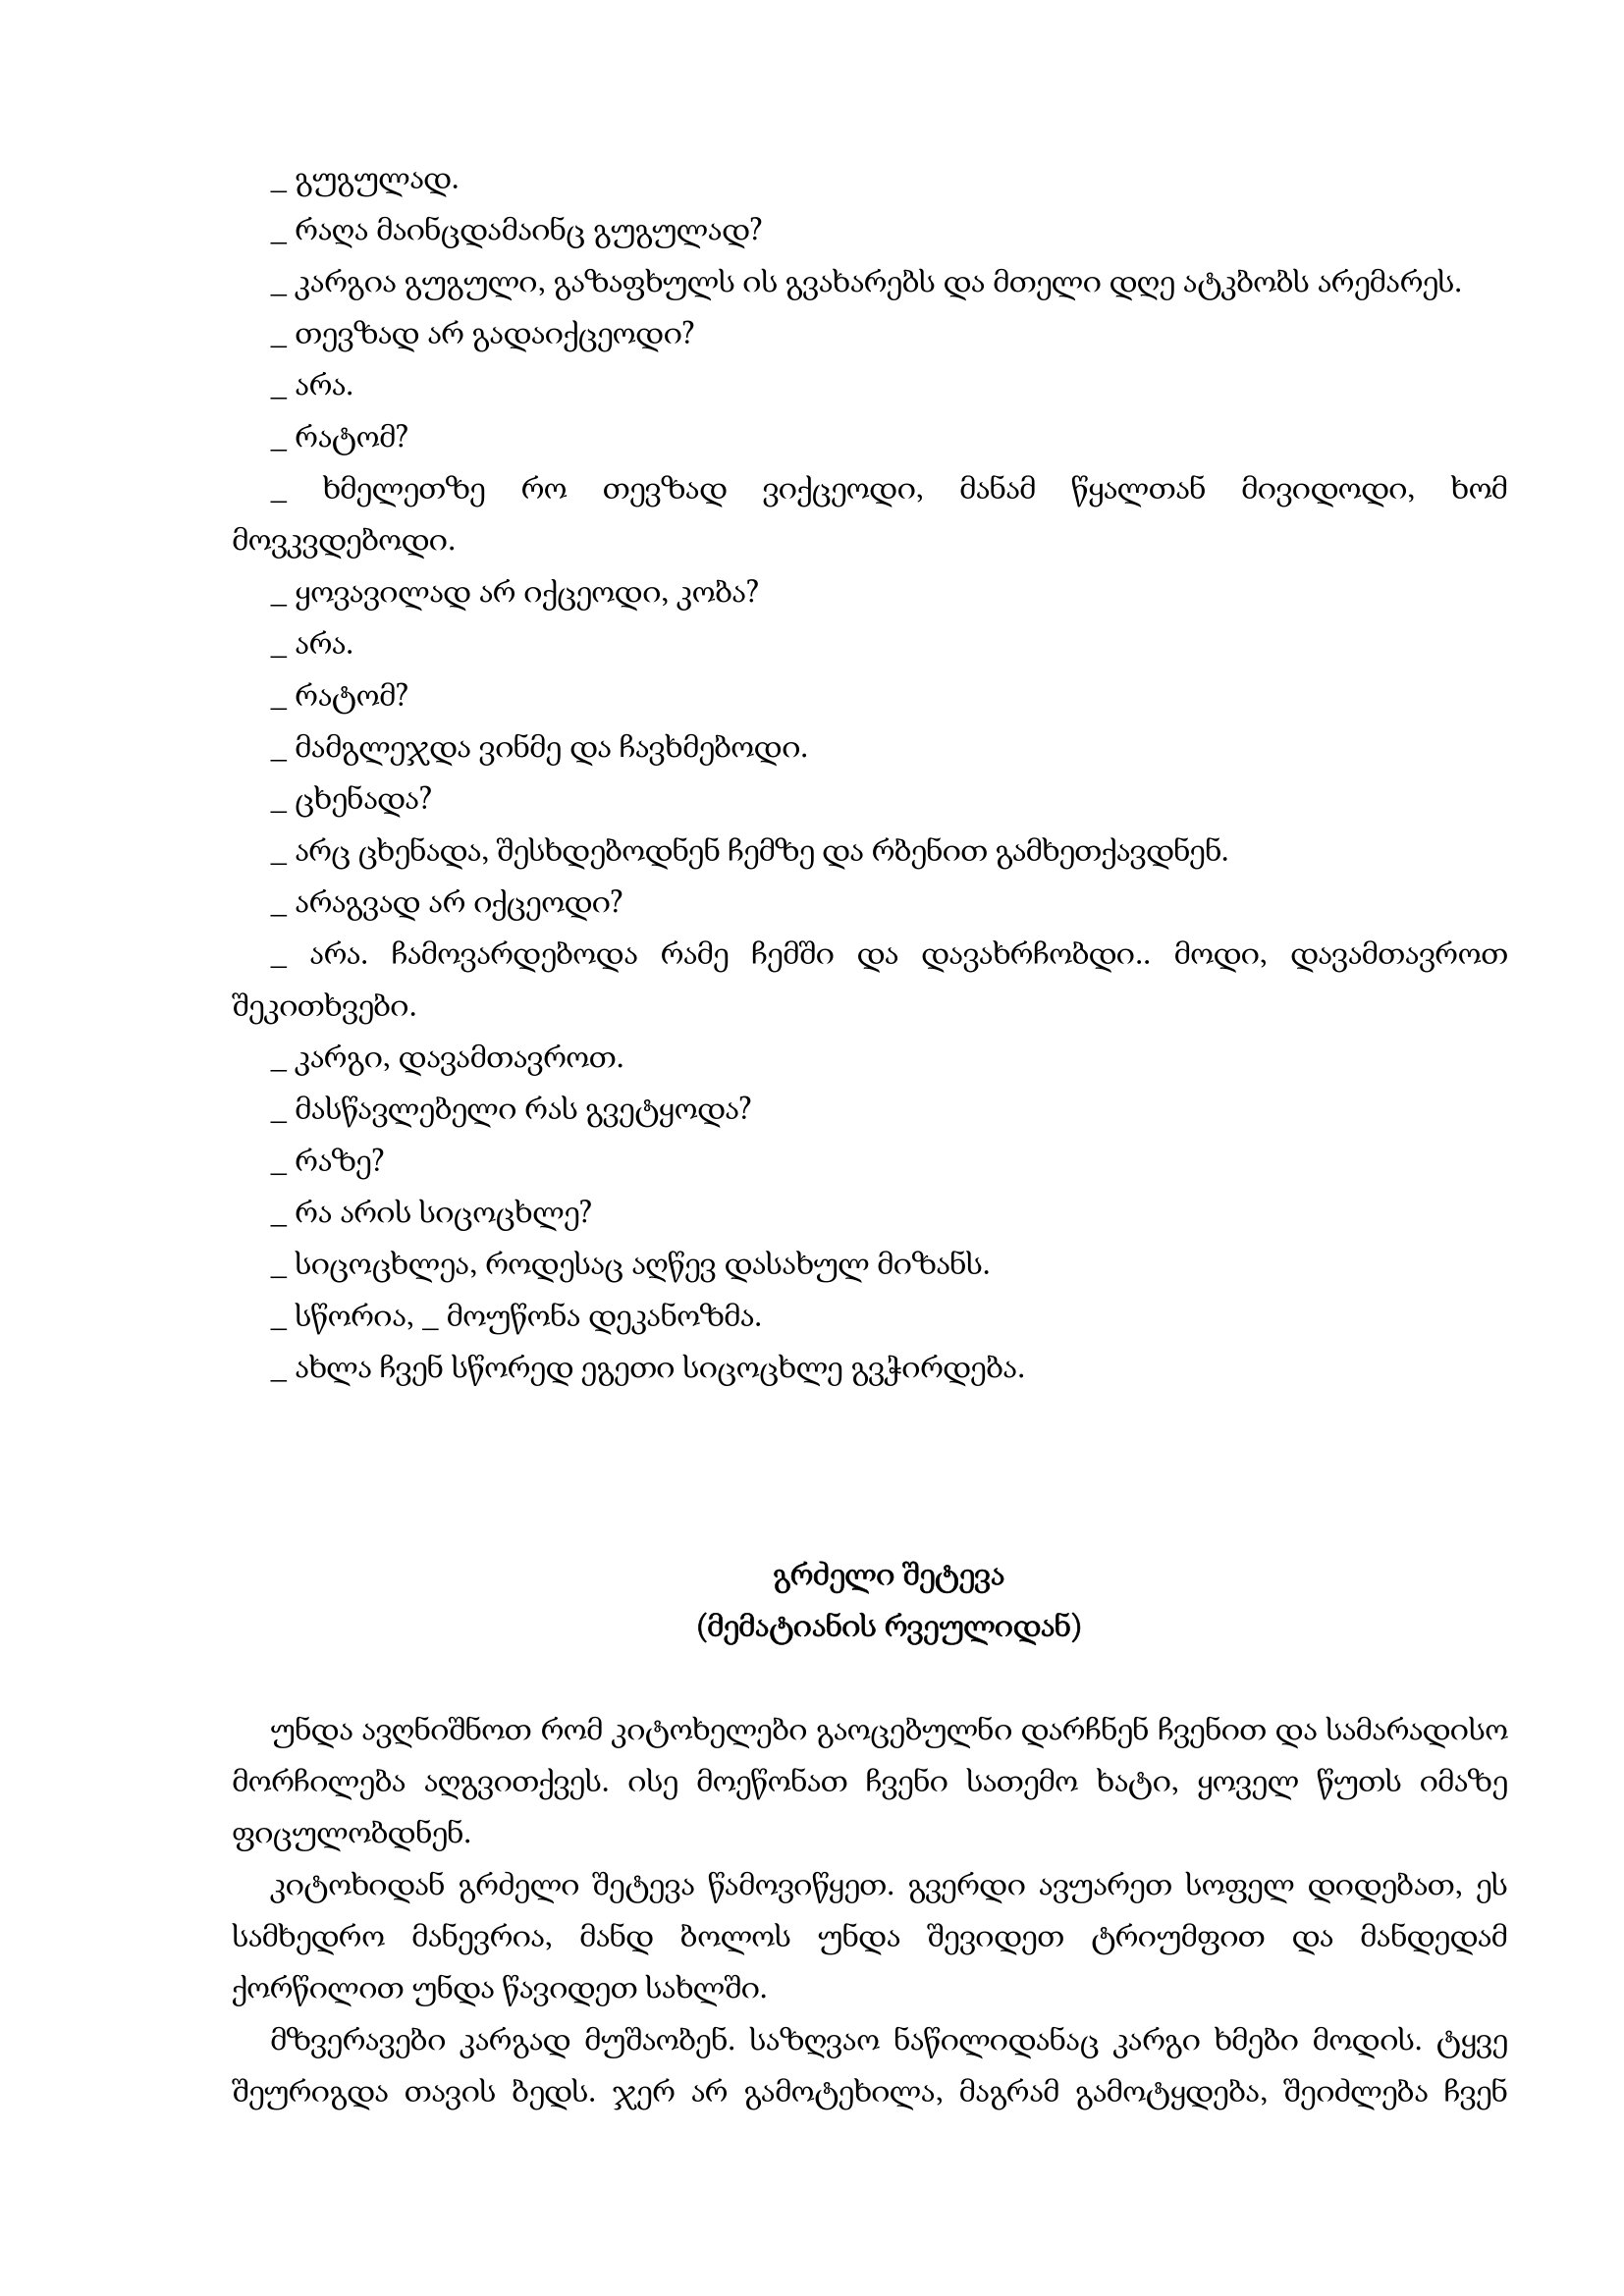
Language: gr